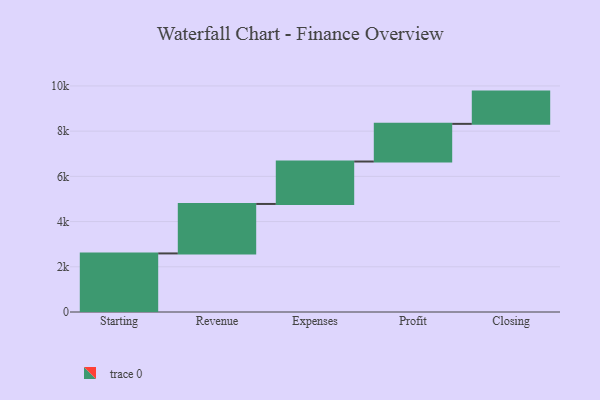
{"axis": {"x": "Step", "y": "Value"}, "legend": [""], "data": [{"x": "Starting", "y": 2591.0, "type": ""}, {"x": "Revenue", "y": 2188.0, "type": ""}, {"x": "Expenses", "y": 1877.0, "type": ""}, {"x": "Profit", "y": 1666.0, "type": ""}, {"x": "Closing", "y": 1427.0, "type": ""}]}